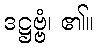
ဒဋ္ဌဗ္ဗံ၊ ၏။